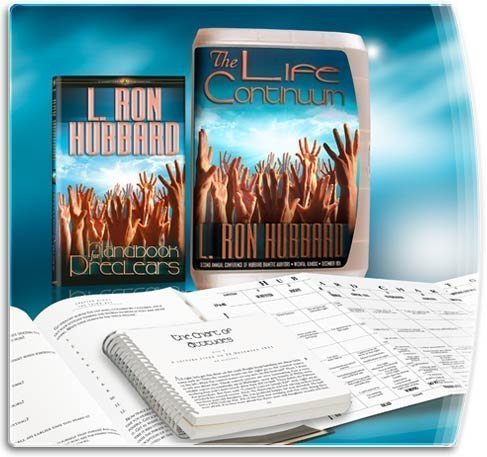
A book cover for The Life Continuum; Ron L Hubbard; Religion & Spirituality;